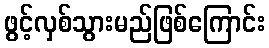
ဖွင့်လှစ်သွားမည်ဖြစ်ကြောင်း